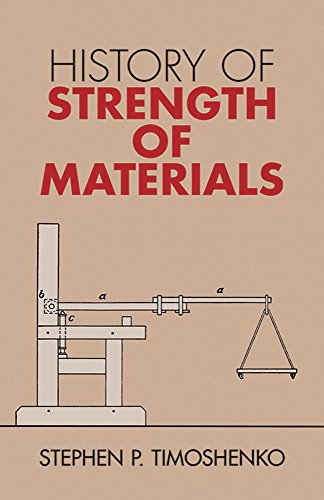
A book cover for History of Strength of Materials (Dover Civil and Mechanical Engineering); Stephen P. Timoshenko; Science & Math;